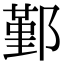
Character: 鄞